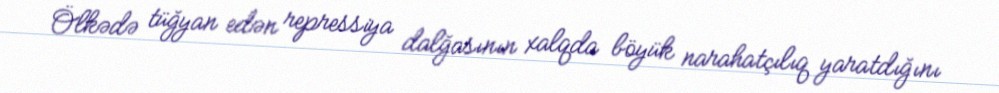
Ölkədə tüğyan edən repressiya dalğasının xalqda böyük narahatçılıq yaratdığını